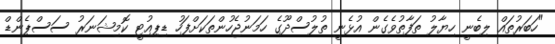
"ހަބަރުތައް ލިބެނީ ހިޔާލު ތަފާތުވެގެން އުޅެނީ ތުލުސްދޫގެ ހަމަނުޖެހުންތަކަށްފަހު ޑިޕިއުޓީ ކޮމިޝަނަރު ސަސްޕެންޑް